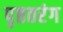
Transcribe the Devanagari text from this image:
पृष्ठतरंग